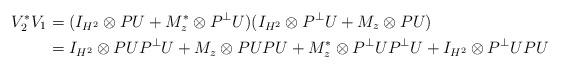
LaTeX: \begin{align*}V_2^* V_1 & = ( I_{H^2} \otimes P U + M_z^*\otimes P^\perp U )(I_{H^2}\otimes P^\perp U+ M_z\otimes PU) \\& = I_{H^2}\otimes P U {P^\perp} U + M_z \otimes P U P U + M_z^*\otimes{P^\perp}U{P^\perp}U + I_{H^2}\otimes{P^\perp} U P U\end{align*}